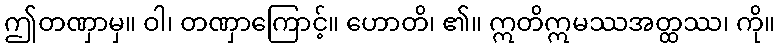
ဤတဏှာမှ။ ဝါ၊ တဏှာကြောင့်။ ဟောတိ၊ ၏။ ဣတိဣမဿအတ္ထဿ၊ ကို။